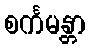
စင်္ကမန္တာ